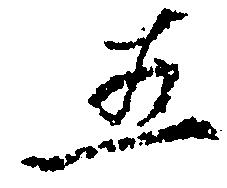
五